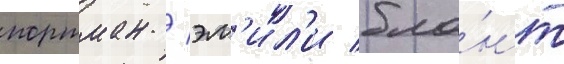
портман / эм'ил'и бла́нт